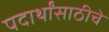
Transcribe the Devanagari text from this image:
पदार्थांसाठीचे